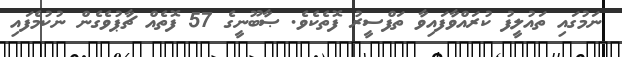
ނަމުގައި ތައުލީފު ކުރައްވާފައިވާ ތަފްސީރު ފޮތެކެވެ. ޞާބޫނީގެ 57 ފޮތެއް ޗާޕުވެގެން ނުކުމެފައި